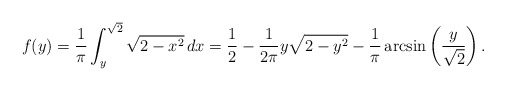
\begin{align*}f(y)=\frac{1}{\pi}\int_y^{\sqrt{2}}\sqrt{2-x^2}\,dx=\frac{1}{2}-\frac{1}{2\pi}y\sqrt{2-y^2}-\frac1\pi\arcsin \left(\frac{y}{\sqrt{2}}\right).\end{align*}